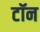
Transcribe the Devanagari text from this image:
टॉन